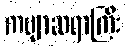
ကဗျာဆရာကြီး